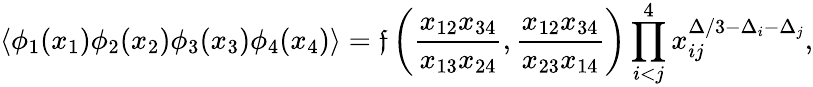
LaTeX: \langle\phi_{1}(x_{1})\phi_{2}(x_{2})\phi_{3}(x_{3})\phi_{4}(x_{4})\rangle=\mathfrak{f}\left(\frac{{x_{12}x_{34}}}{{x_{13}x_{24}}},\frac{{x_{12}x_{34}}}{{x_{23}x_{14}}}\right)\prod_{i<j}^{4}x_{ij}^{\Delta/3-\Delta_{i}-\Delta_{j}},